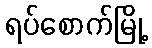
ရပ်စောက်မြို့